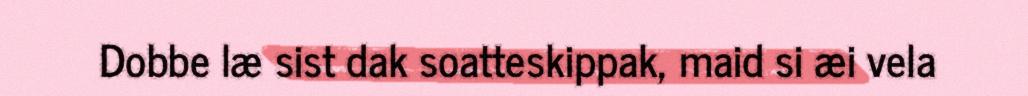
Dobbe læ sist dak soatteskippak, maid si æi vela